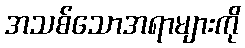
အသစ်သောအရာများကို